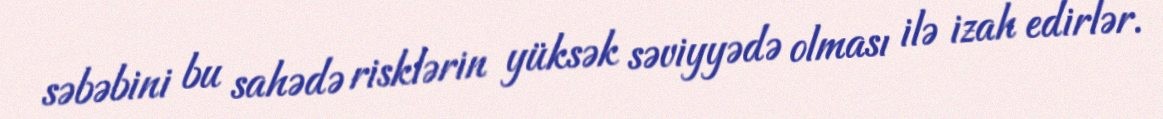
səbəbini bu sahədə risklərin yüksək səviyyədə olması ilə izah edirlər.